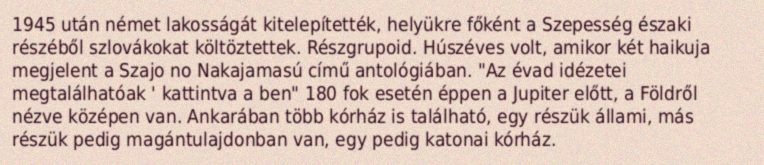
1945 után német lakosságát kitelepítették, helyükre főként a Szepesség északi részéből szlovákokat költöztettek. Részgrupoid. Húszéves volt, amikor két haikuja megjelent a Szajo no Nakajamasú című antológiában. "Az évad idézetei megtalálhatóak ' kattintva a ben" 180 fok esetén éppen a Jupiter előtt, a Földről nézve középen van. Ankarában több kórház is található, egy részük állami, más részük pedig magántulajdonban van, egy pedig katonai kórház.